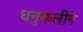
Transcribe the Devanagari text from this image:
धनुकलीने